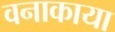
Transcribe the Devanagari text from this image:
वनाकाया